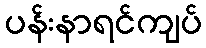
ပန်းနာရင်ကျပ်